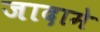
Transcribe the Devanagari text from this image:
जादामे